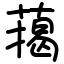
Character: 䔾